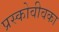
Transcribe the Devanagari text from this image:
प्रस्कोवीवका